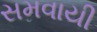
સમવાયી